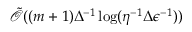
\tilde { \mathcal { O } } ( ( m + 1 ) \Delta ^ { - 1 } \log ( \eta ^ { - 1 } \Delta \epsilon ^ { - 1 } ) )